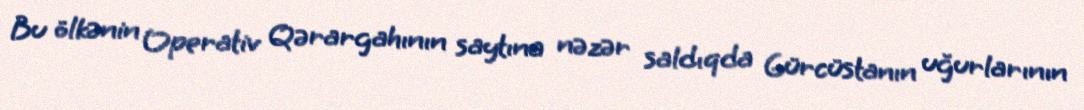
Bu ölkənin Operativ Qərargahının saytına nəzər saldıqda Gürcüstanın uğurlarının